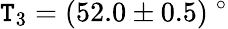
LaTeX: \mathtt{T}_{3}=(52.0\pm0.5)\ ^{\circ}